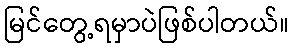
မြင်တွေ့ရမှာပဲဖြစ်ပါတယ်။